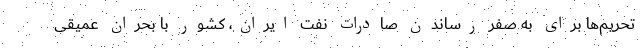
تحریم‌ها برای به صفر رساندن صادرات نفت ایران، کشور با بحران عمیقی